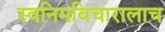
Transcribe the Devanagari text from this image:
स्वनिमविचारालाच